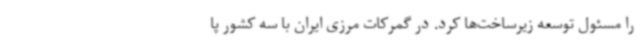
را مسئول توسعه زیرساخت‌ها کرد. در گمرکات مرزی ایران با سه کشور پا